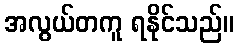
အလွယ်တကူ ရနိုင်သည်။